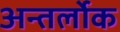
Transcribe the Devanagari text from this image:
अन्तर्लोक